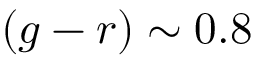
( g - r ) \sim 0 . 8